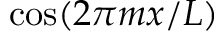
\cos ( 2 \pi m x / L )